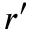
r ^ { \prime }